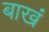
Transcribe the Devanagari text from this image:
बाखं